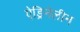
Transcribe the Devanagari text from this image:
ऐड्रिनेलीन